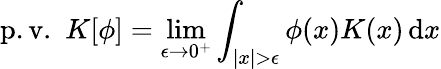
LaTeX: \operatorname{p.v.}\, \, K[\phi]=\operatorname*{lim}_{\epsilon\to0^{+}}\int_{|x|>\epsilon}\phi(x)K(x)\, \mathrm{d}x